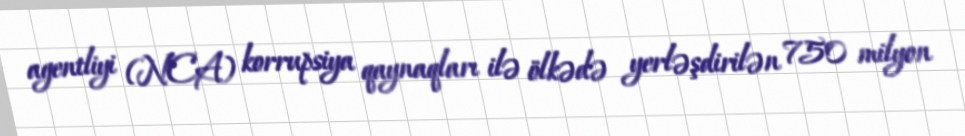
agentliyi (NCA) korrupsiya qaynaqları ilə ölkədə yerləşdirilən 750 milyon